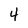
Character: 4